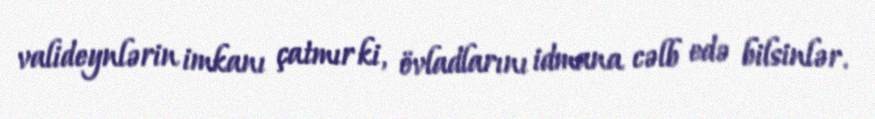
valideynlərin imkanı çatmır ki, övladlarını idmana cəlb edə bilsinlər.